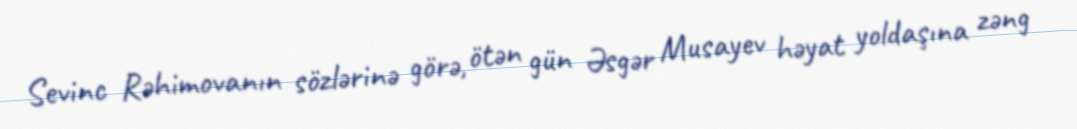
Sevinc Rəhimovanın sözlərinə görə, ötən gün Əsgər Musayev həyat yoldaşına zəng